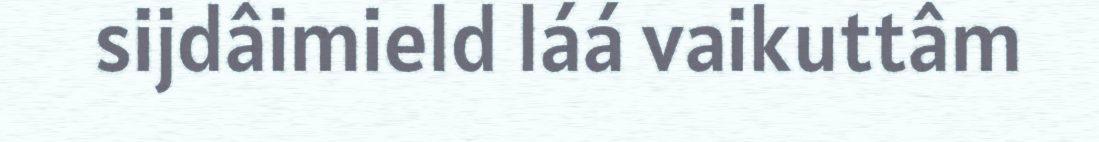
sijdâimield láá vaikuttâm